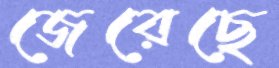
জেরেছে